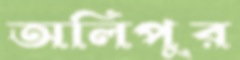
অলিপুর